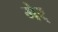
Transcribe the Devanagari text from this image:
गेर्